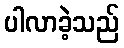
ပါလာခဲ့သည်